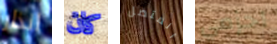
انذار كان المتصل احزمي